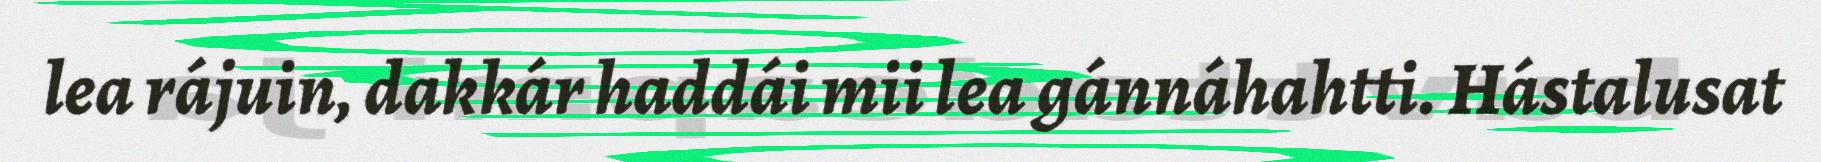
lea rájuin, dakkár haddái mii lea gánnáhahtti. Hástalusat